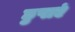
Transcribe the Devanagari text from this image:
छुपाएं